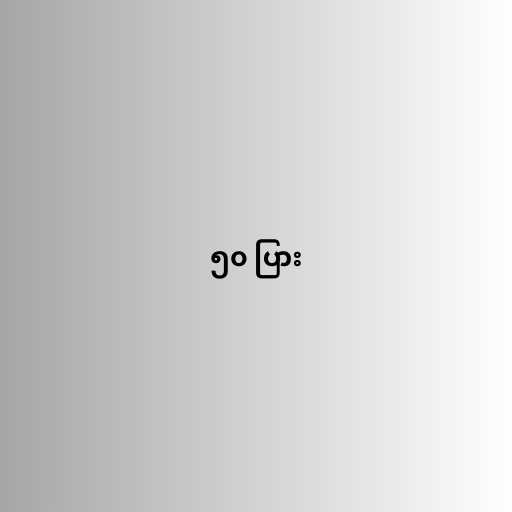
၅၀ ပြား